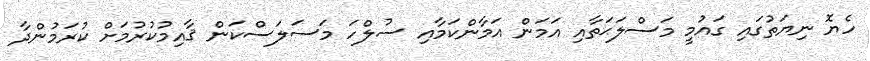
ހެޔޮ ނިޔަތުގައި ގައުމީ މަސްލަޙަތާއި އަމަން އަމާންކަމާއި ސުލްހަ މަސަލަސްކަން ޤާއިމުކުރުމަށް ކުރަމުންދާ